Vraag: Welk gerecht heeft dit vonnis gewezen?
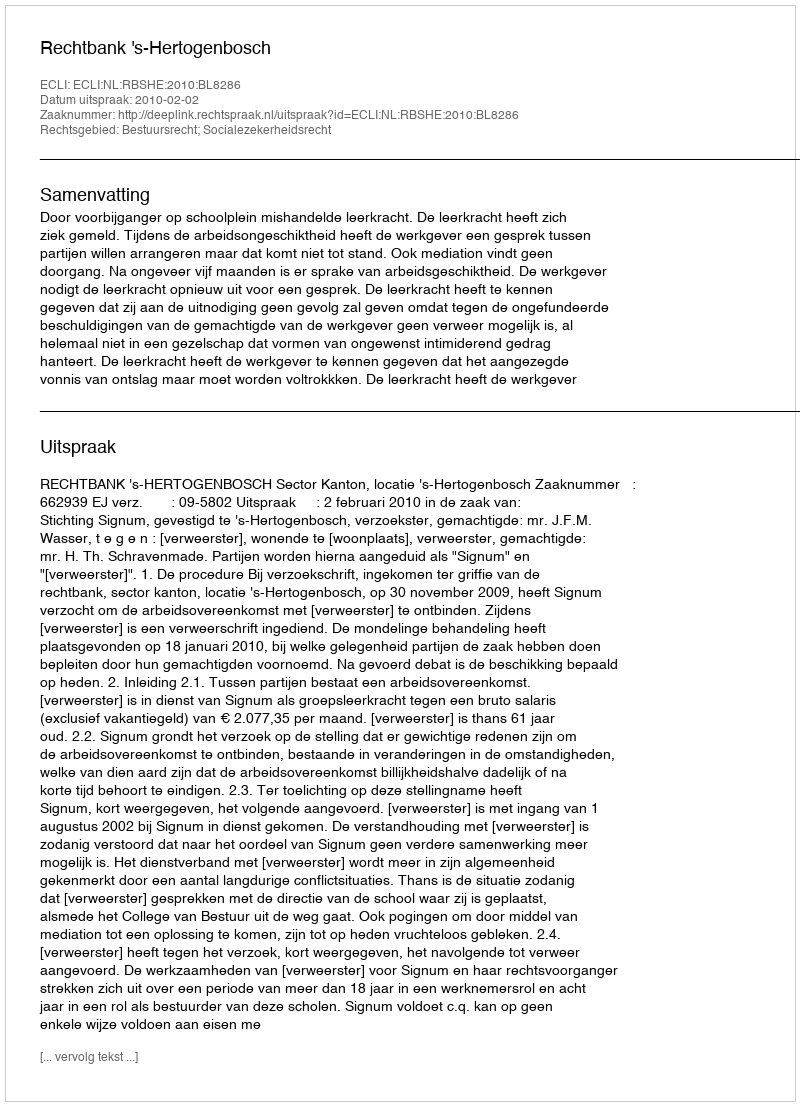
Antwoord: Rechtbank 's-Hertogenbosch